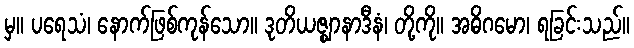
မှ။ ပရေသံ၊ နောက်ဖြစ်ကုန်သော။ ဒုတိယဇ္ဈာနာဒီနံ၊ တို့ကို။ အဓိဂမော၊ ရခြင်းသည်။